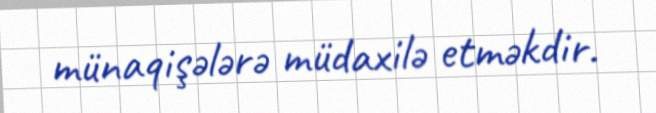
münaqişələrə müdaxilə etməkdir.